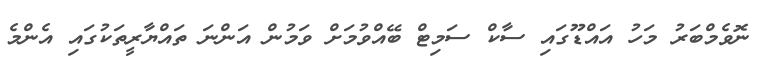
ނޮވެމްބަރު މަހު އައްޑޫގައި ސާކް ސަމިޓް ބޭއްވުމަށް ވަމުން އަންނަ ތައްޔާރީތަކުގައި އެންމެ